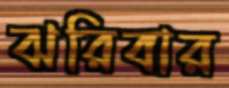
ঝরিবার